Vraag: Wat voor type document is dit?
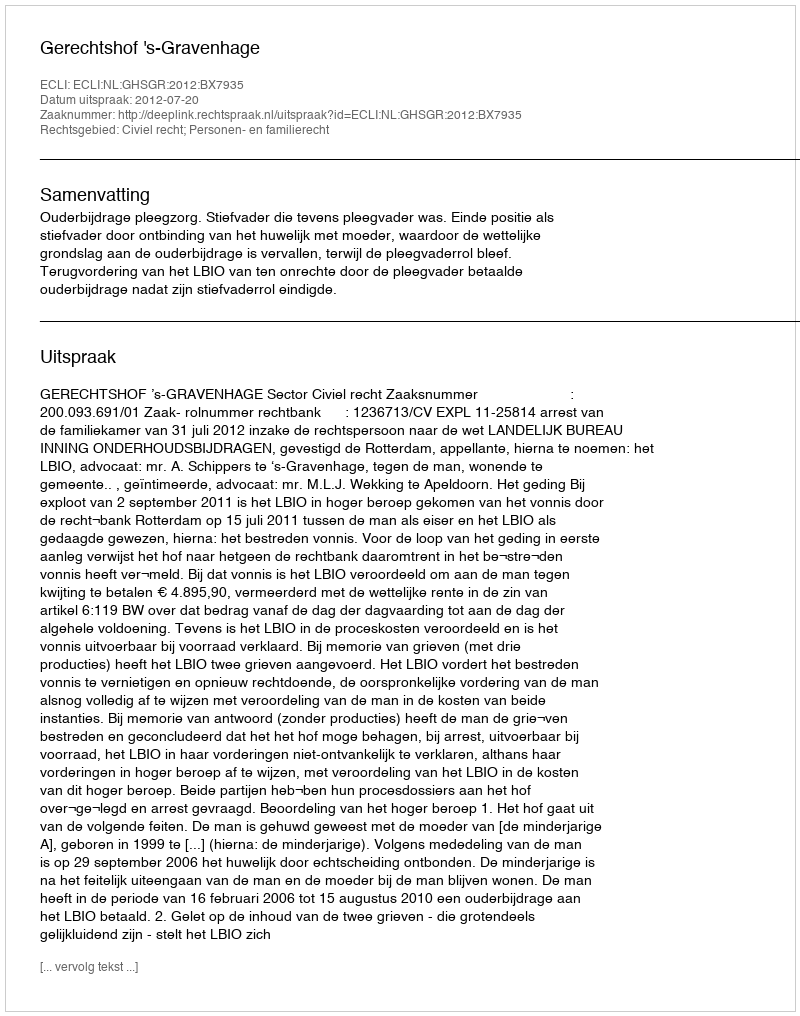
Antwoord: Uitspraak